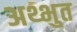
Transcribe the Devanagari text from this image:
अथ्भुत